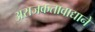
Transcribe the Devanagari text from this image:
अराजकतावाद्याने